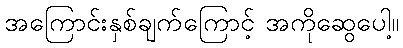
အကြောင်းနှစ်ချက်ကြောင့် အကိုဆွေပေါ့။